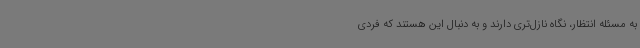
به مسئله انتظار، نگاه نازل‌تری دارند و به دنبال این هستند که فردی